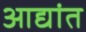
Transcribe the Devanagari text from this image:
आद्यांत